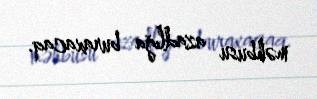
məhbusu azadlığa buraxacaq.